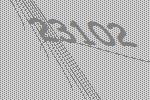
23102